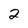
Character: 2